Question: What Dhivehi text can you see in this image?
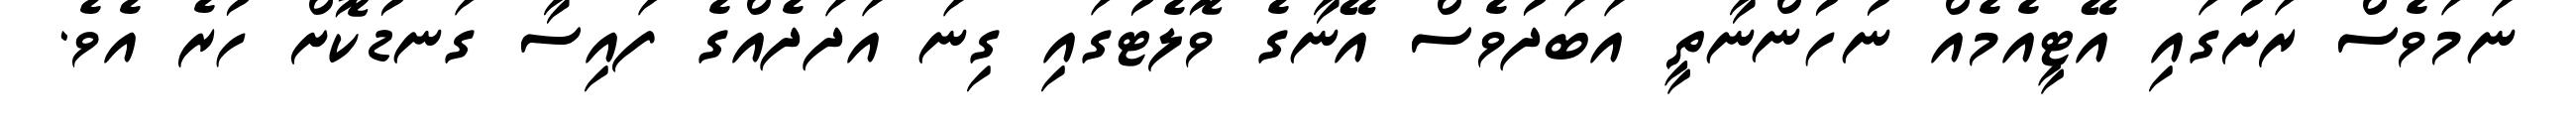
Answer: ނަމަވެސް ރަށުގައި އޭޓީއެމެއް ނުހުންނާތީ އަބަދުވެސް އޭނާގެ ވޮލެޓުގައި ގިނަ އަދަދެއްގެ ފައިސާ ގަނޑުކޮށް ހުރެ އެވެ.